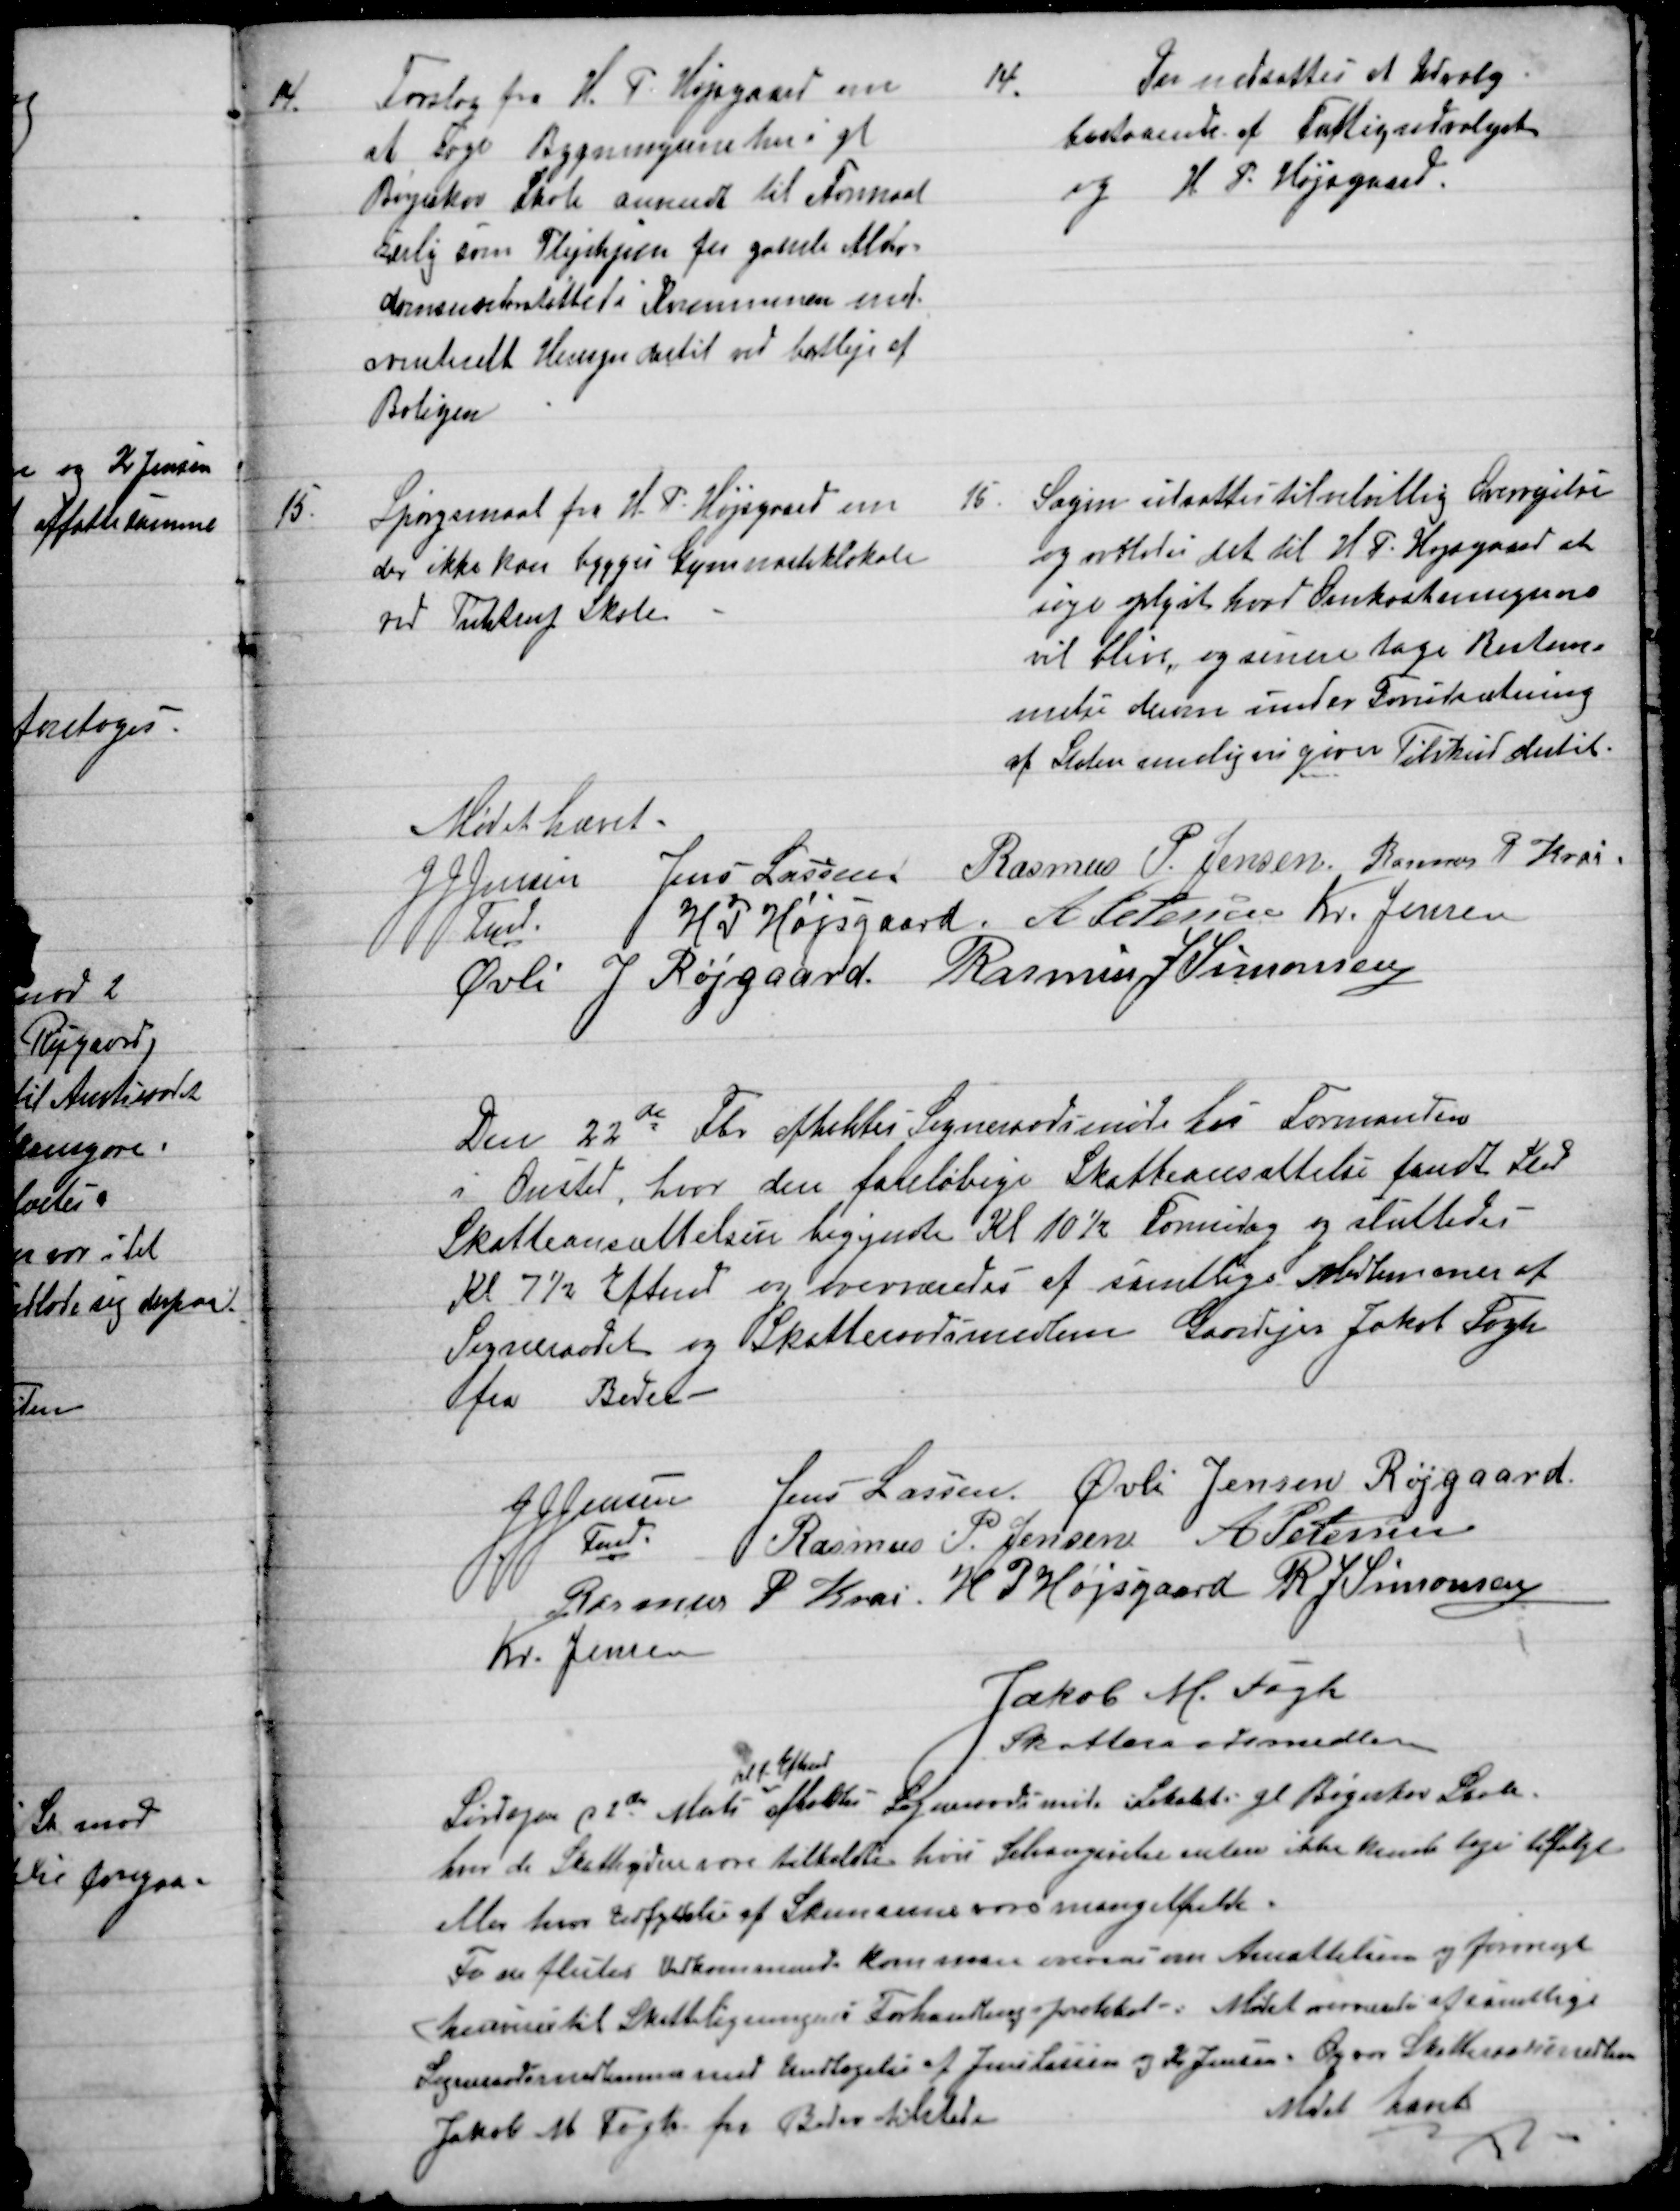
Transskription:
14.
Forslag fra H. P. Højsgaard om
at søge Bygningerne her i gl
Bøgeskov Skole anvendt til Formaal
særlig som Plejehjem for gamle Alder=
domsunderstøttet i Kommunen med
eventuelt Hensyn dertil ved bortleje af
Boligen.
14.
Der nedsattes at Udvalg
bestaaende af Fattigudvalget
og H. P. Højsgaard.
15.
Spørgsmaal fra H. P. Højsgaard om
der ikke kan bygges Gymnastiklokale
ved Tulstrup Skole.
15
Sagen udsattes til velvillig Overvejelse
og overlodes det til H. P. Højsgaard at
søge oplyst hvad Omkostningerne
vil blive, og senere tage Bestem=
melse derom under Forudsætning
af Staten muligvis giver Tilskud dertil.
Mødet hævet.
JJ Jensen  
Fmd.
Jens Lassen  Rasmus P. Jensen Rasmus P Krai
H. P. Højsgaard.  A Petersen  Kr. Jensen
Øvli J Røjgaard.  Rasmus J Simonsen
Den 22de Fbr. afholtes Sogneraadsmøde hos Formanden
i Onsted, hvor den foreløbige Skatteansættelse fandt Sted.
Skatteansættelsen begyndte Kl 10½ Formiddag og sluttedes
Kl 7½ Eftmd og overværedes af samtlige Medlemmer af
Sogneraadet og Skatteraadsmedlem Gaardejer Jakob Fogh
fra Beder.
J J Jensen  
Fmd.
Jens Lassen. Øvli Jensen Røjgaard.
Rasmus P. Jensen   A Petersen
Rasmus P. Krai.  H. P. Højsgaard  R. J. Simonsen
Kr. Jensen
Jakob M. Fogh
Skatteraadsmedlem
Lørdagen d 2den Mats 
Kl 1 Eftmd
afholdtes Sogneraadsmøde i Lokalet i gl. Bøgeskov Skole.
hvor de Skatteydere vare tilkaldte hvis Selvangivelse enten ikke kunde tages tilfølge
eller hvor Udfyldelse af Skemaerne vare mangelfulde.
For de flestes Vedkommende kom man overens om Ansættelsen og forøvrigt
henvises til Skatteligningen i Forhandlingsprotokol. - Mødet overværedes af samtlige
Sogneraadsmedlemmer med Undtagelse af Jens Lassen og Kr. Jensen. Og vor Skatteraadsmedlem
Jakob M Fogh fra Beder tilstede
Mødet hævet